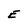
Character: E